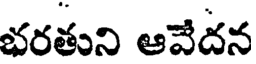
భరతుని ఆవేదన